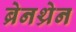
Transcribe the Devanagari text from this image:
ब्रेनथ्रेन